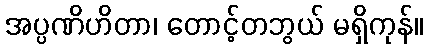
အပ္ပဏိဟိတာ၊ တောင့်တဘွယ် မရှိကုန်။